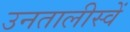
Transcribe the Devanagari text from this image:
उनतालीस्वें